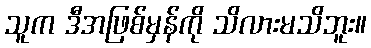
သူက ဒီအဖြစ်မှန်ကို သိလားမသိဘူး။